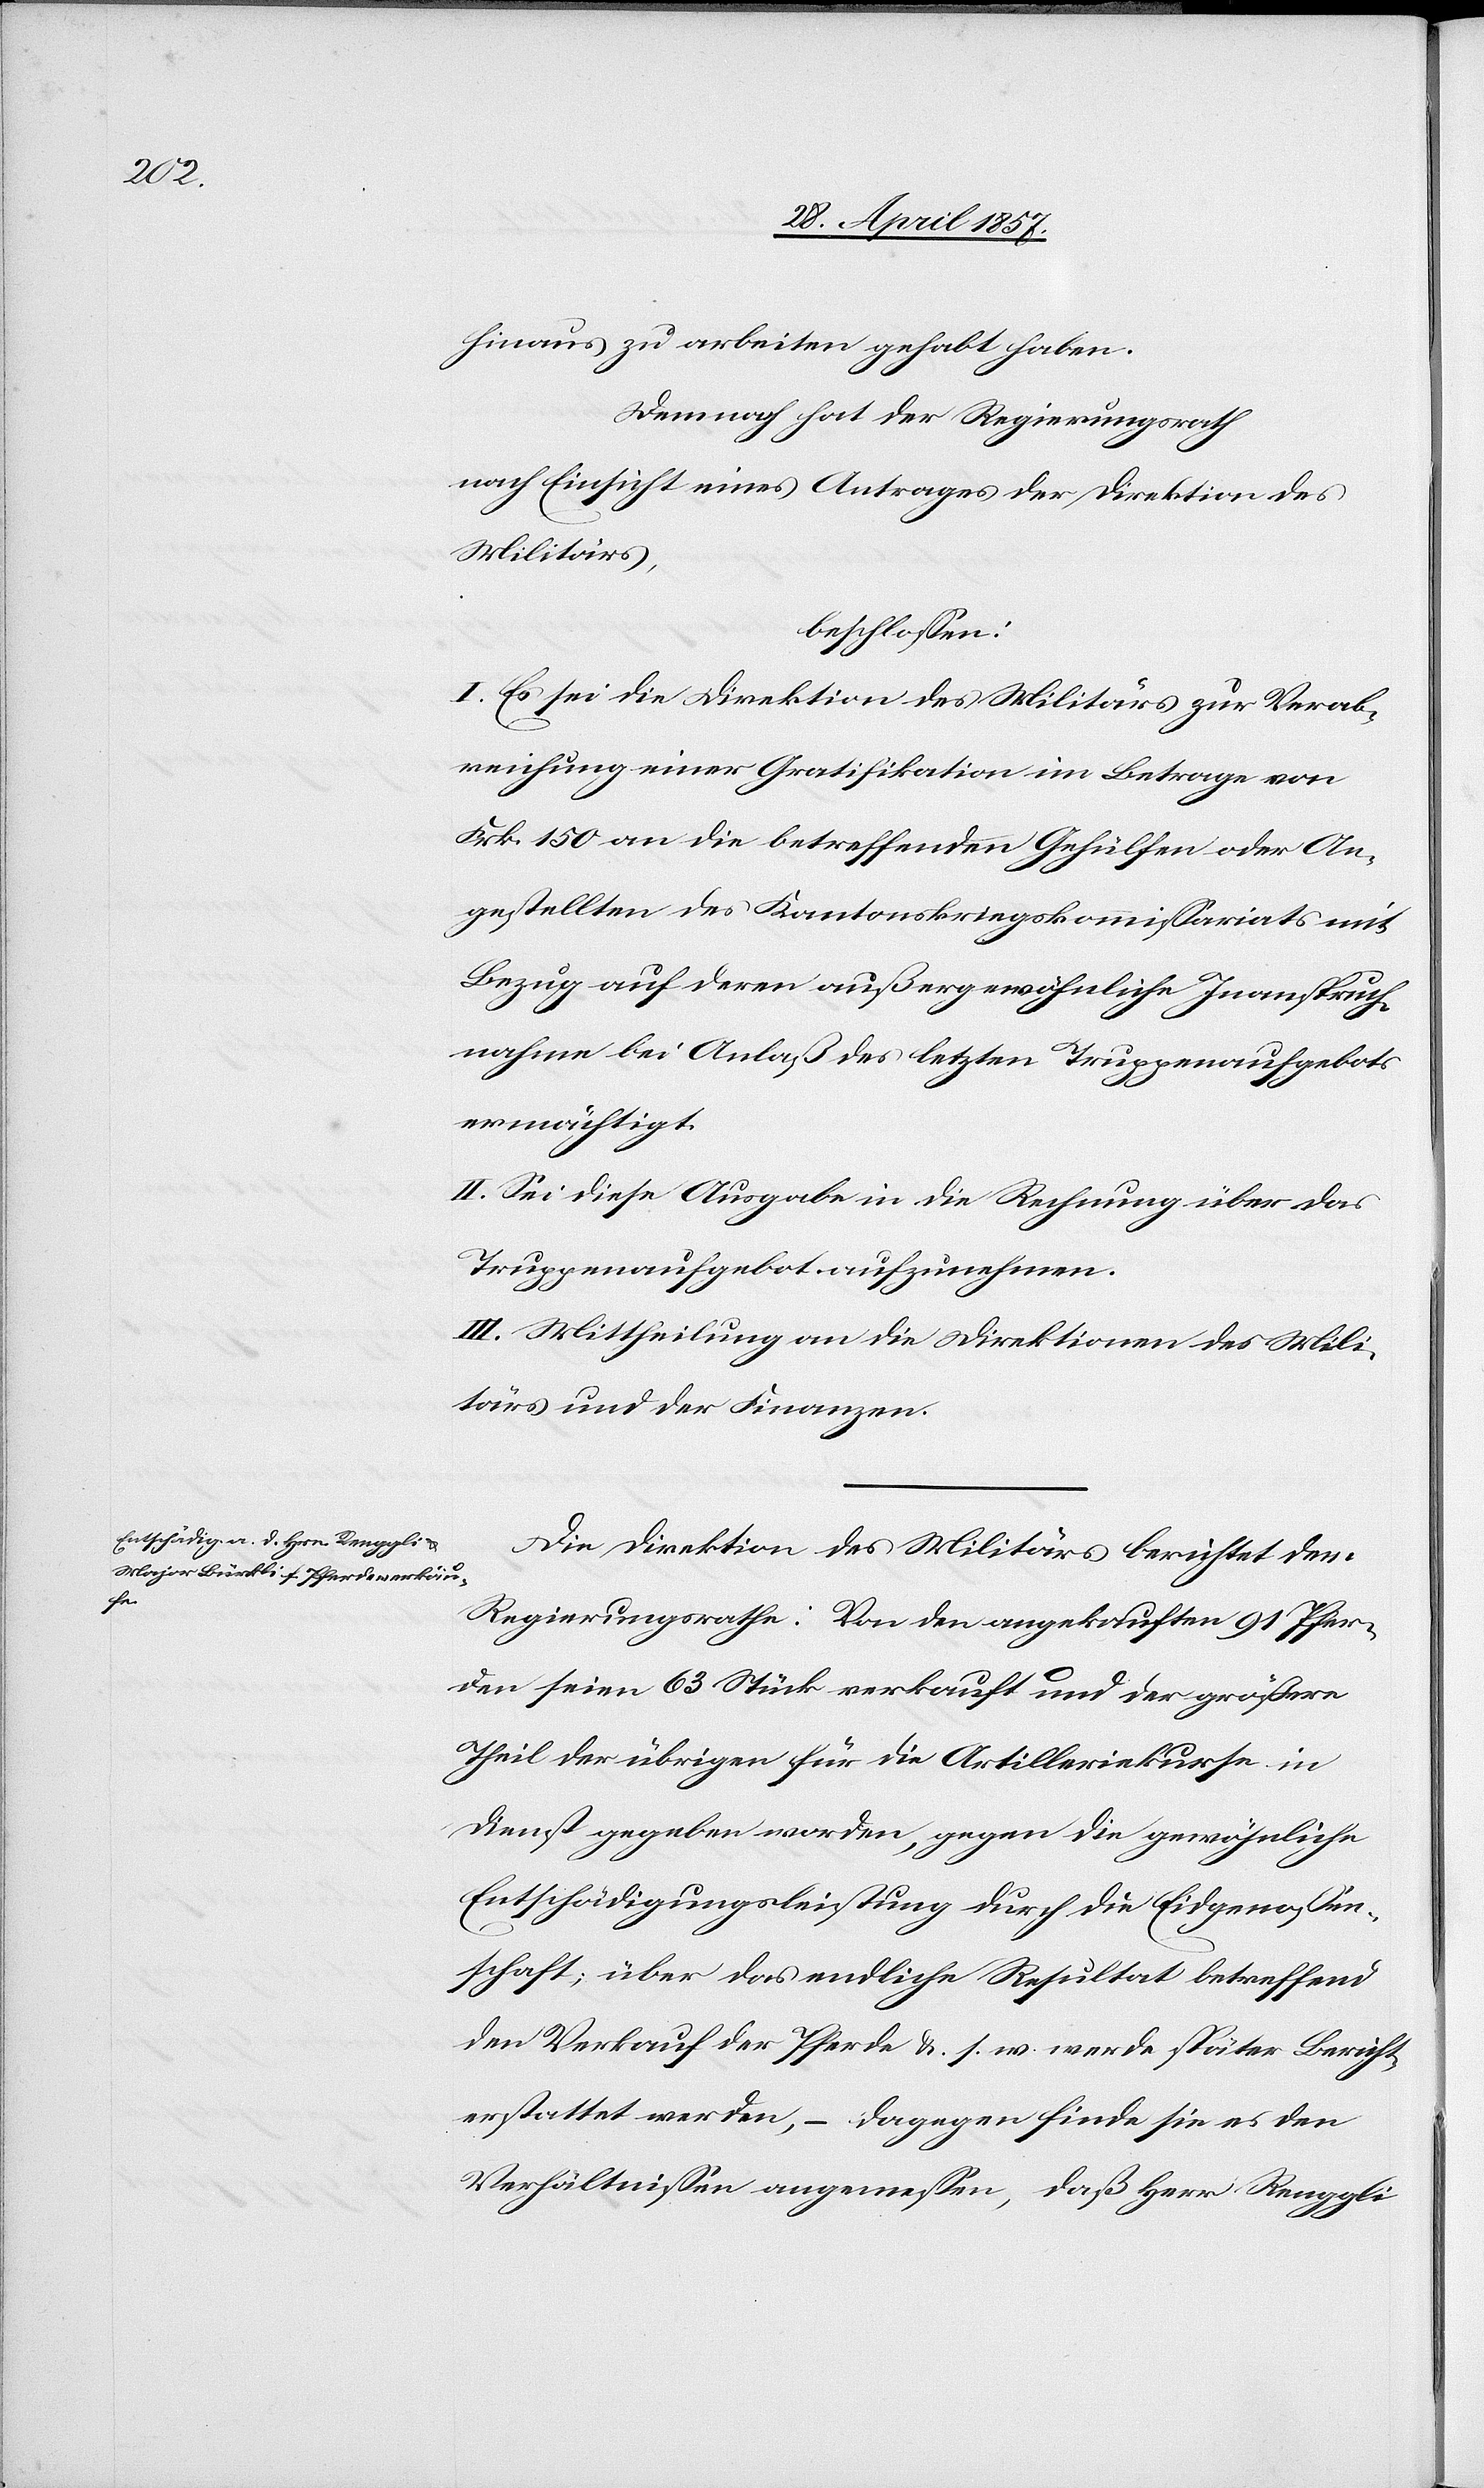
hinaus zu arbeiten gehabt haben.
Demnach hat der Regierungsrath
nach Einsicht eines Antrages der Direktion des
Militärs,
beschloßen:
I. Es sei die Direktion des Militärs zur Verab¬
reichung einer Gratifikation im Betrage von
Frk. 150 an die betreffenden Gehülfen oder An¬
gestellten des Kantonskriegskommißariats mit
Bezug auf deren außergewöhnliche Inanspruch¬
nahme bei Anlaß des letzten Truppenaufgebots
ermächtigt.
II. Sei diese Ausgabe in die Rechnung über das
Truppenaufgebot aufzunehmen.
III. Mittheilung an die Direktion des Mili¬
tärs und der Finanzen.
Die Direktion des Militärs berichtet dem
Regierungsrathe: Von den angekauften 91 Pfer¬
den seien 63 Stück verkauft und der größere
Theil der übrigen für die Artilleriekurse in
Dienst gegeben worden, gegen die gewöhnliche
Entschädigungsleistung durch die Eidgenossen¬
schaft, über das endliche Resultat betreffend
den Verkauf der Pferde &. s. w. werde später Bericht
erstattet werden, – dagegen finde sie es den
Verhältnißen angemeßen, daß Herr Renggli